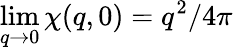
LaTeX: \operatorname*{lim}_{q\rightarrow 0}\chi(q,0)=q^{2}/4\pi